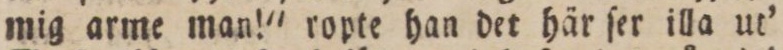
mig arme man!' ropte han det här ſer illa ut’